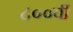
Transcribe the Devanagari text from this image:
८००वीं